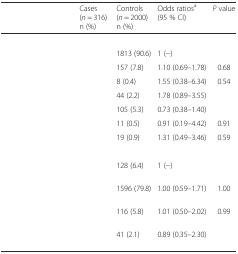
<table><thead><tr><td>[EMPTY_CELL]</td><td><b>Cases(<i>n</i> = 316)n (%)</b></td><td><b>Controls(<i>n</i> = 2000)n (%)</b></td><td><b>Odds ratios<sup>a</sup>(95 % CI)</b></td><td><b><i>P</i> value</b></td></tr></thead><tbody><tr><td colspan="5">[EMPTY_CELL]</td></tr><tr><td>[EMPTY_CELL]</td><td>[EMPTY_CELL]</td><td>1813 (90.6)</td><td>1 (−)</td><td>[EMPTY_CELL]</td></tr><tr><td>[EMPTY_CELL]</td><td>[EMPTY_CELL]</td><td>157 (7.8)</td><td>1.10 (0.69–1.78)</td><td>0.68</td></tr><tr><td>[EMPTY_CELL]</td><td>[EMPTY_CELL]</td><td>8 (0.4)</td><td>1.55 (0.38–6.34)</td><td>0.54</td></tr><tr><td>[EMPTY_CELL]</td><td>[EMPTY_CELL]</td><td>44 (2.2)</td><td>1.78 (0.89–3.55)</td><td>[EMPTY_CELL]</td></tr><tr><td>[EMPTY_CELL]</td><td>[EMPTY_CELL]</td><td>105 (5.3)</td><td>0.73 (0.38–1.40)</td><td>[EMPTY_CELL]</td></tr><tr><td>[EMPTY_CELL]</td><td>[EMPTY_CELL]</td><td>11 (0.5)</td><td>0.91 (0.19–4.42)</td><td>0.91</td></tr><tr><td>[EMPTY_CELL]</td><td>[EMPTY_CELL]</td><td>19 (0.9)</td><td>1.31 (0.49–3.46)</td><td>0.59</td></tr><tr><td colspan="5">[EMPTY_CELL]</td></tr><tr><td>[EMPTY_CELL]</td><td>[EMPTY_CELL]</td><td>128 (6.4)</td><td>1 (−)</td><td>[EMPTY_CELL]</td></tr><tr><td>[EMPTY_CELL]</td><td>[EMPTY_CELL]</td><td>1596 (79.8)</td><td>1.00 (0.59–1.71)</td><td>1.00</td></tr><tr><td>[EMPTY_CELL]</td><td>[EMPTY_CELL]</td><td>116 (5.8)</td><td>1.01 (0.50–2.02)</td><td>0.99</td></tr><tr><td>[EMPTY_CELL]</td><td>[EMPTY_CELL]</td><td>41 (2.1)</td><td>0.89 (0.35–2.30)</td><td>[EMPTY_CELL]</td></tr></tbody></table>